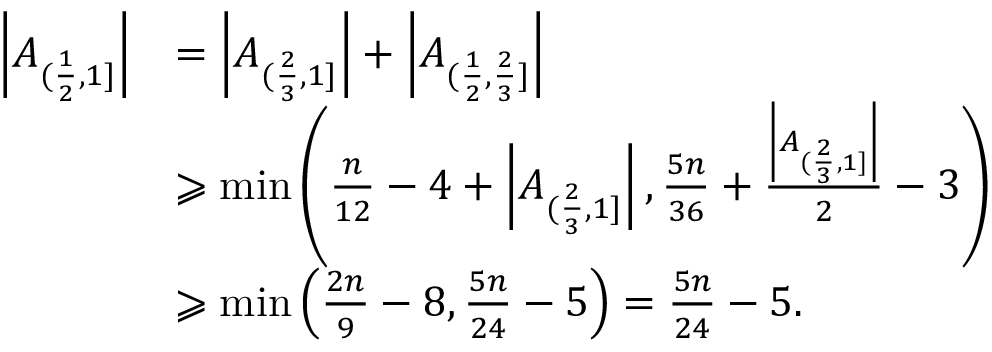
\begin{array} { r l } { \left| A _ { ( \frac { 1 } { 2 } , 1 ] } \right| } & { = \left| A _ { ( \frac { 2 } { 3 } , 1 ] } \right| + \left| A _ { ( \frac { 1 } { 2 } , \frac { 2 } { 3 } ] } \right| } \\ & { \geqslant \operatorname* { m i n } \left( \frac { n } { 1 2 } - 4 + \left| A _ { ( \frac { 2 } { 3 } , 1 ] } \right| , \frac { 5 n } { 3 6 } + \frac { \left| A _ { ( \frac { 2 } { 3 } , 1 ] } \right| } { 2 } - 3 \right) } \\ & { \geqslant \operatorname* { m i n } \left( \frac { 2 n } { 9 } - 8 , \frac { 5 n } { 2 4 } - 5 \right) = \frac { 5 n } { 2 4 } - 5 . } \end{array}